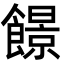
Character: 䭘